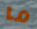
ما